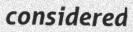
considered